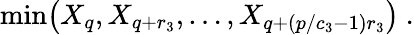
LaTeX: \mathrm{min}\big(X_{q},X_{q+r_{3}},\ldots,X_{q+(p/c_{3}-1)r_{3}}\big)\ .